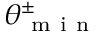
\theta _ { \mathrm { ~ m ~ i ~ n ~ } } ^ { \pm }